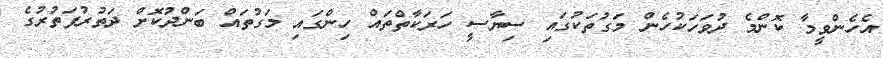
އެހެންވީމާ ކޮންމެ ދުވަހަކުހެން މަގުތަކުގައި ސިޔާސީ ހަރަކާތްތައް ހިންގައި މަގުތައް ބަންދުކޮށް ދަތުރުފަތުރުގެ